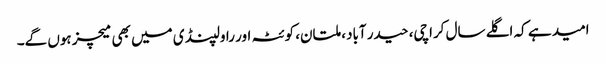
امید ہے کہ اگلے سال کراچی، حیدر آباد، ملتان، کوئٹہ اور راولپنڈی میں بھی میچز ہوں گے۔